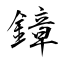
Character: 鏱